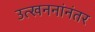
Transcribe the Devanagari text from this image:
उत्खननांनंतर